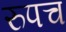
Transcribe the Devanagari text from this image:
रुपच